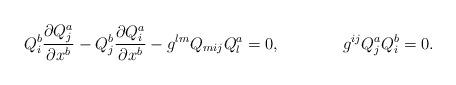
LaTeX: \begin{align*} & Q_{i}^{b}\frac{\partial Q_{j}^{a}}{\partial x^{b}} \: {-} \: Q_{j}^{b}\frac{\partial Q_{i}^{a}}{\partial x^{b}} - g^{lm}Q_{mij}Q_{l}^{a} = 0, & g^{ij}Q_{j}^{a}Q_{i}^{b} =0.\end{align*}